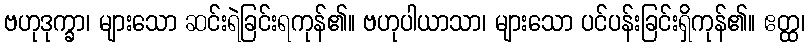
ဗဟုဒုက္ခာ၊ များသော ဆင်းရဲခြင်းရကုန်၏။ ဗဟုပါယာသာ၊ များသော ပင်ပန်းခြင်းရှိကုန်၏။ ဧတ္ထ၊